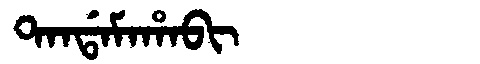
Manchu: ᡨᠠᠨᡩᠠᠮᠠᡥᠠᠪᡳ
Romanization: TANDAMAHABI